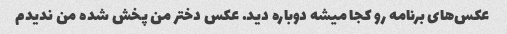
عکس‌های برنامه رو کجا میشه دوباره دید. عکس دختر من پخش شده من ندیدم